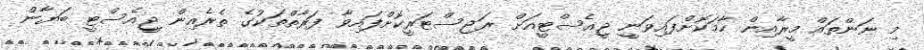
މި ނަންތައް މީރާއިން ހާމަކޮށްފައިވަނީ ޖީއެސްޓީއަށް ރަޖިސްޓަރީކޮށްފައިވާ ފަރާތްތަކުގެ ތެރެއިން ޖީއެސްޓީ ބަޔާން